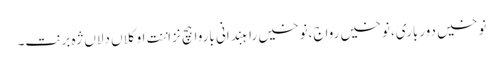
نوخیں دورباری، نوخیں رواج،نوخیں راہبندانی باروا ہچ نزاننت او کلاں دلاں ژہ برنت۔